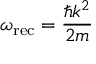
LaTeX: \omega _ { \mathrm { r e c } } = { \frac { \hbar k ^ { 2 } } { 2 m } }